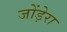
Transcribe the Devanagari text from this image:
जोंड़ेरा